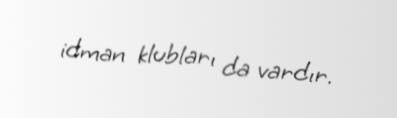
idman klubları da vardır.